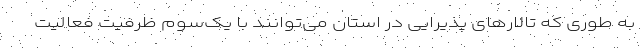
به طوری که تالارهای پذیرایی در استان می‌توانند با یک‌سوم ظرفیت فعالیت